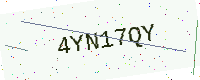
Text: 4YN17QY